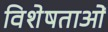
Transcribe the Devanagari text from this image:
विशेषताओें